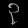
Digit: ၃